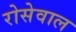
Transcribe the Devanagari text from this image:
रोसेवाल